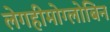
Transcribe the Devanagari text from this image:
लेगहीमोग्लोबिन